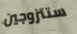
ستتزوجين